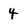
Character: 4